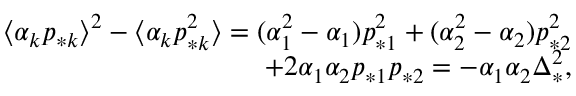
\begin{array} { r } { \langle \alpha _ { k } p _ { * k } \rangle ^ { 2 } - \langle \alpha _ { k } p _ { * k } ^ { 2 } \rangle = ( \alpha _ { 1 } ^ { 2 } - \alpha _ { 1 } ) p _ { * 1 } ^ { 2 } + ( \alpha _ { 2 } ^ { 2 } - \alpha _ { 2 } ) p _ { * 2 } ^ { 2 } } \\ { + 2 \alpha _ { 1 } \alpha _ { 2 } p _ { * 1 } p _ { * 2 } = - \alpha _ { 1 } \alpha _ { 2 } \Delta _ { * } ^ { 2 } , } \end{array}